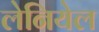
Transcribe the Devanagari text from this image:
लेनियेल